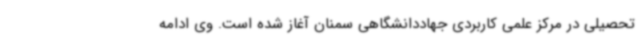
تحصیلی در مرکز علمی کاربردی جهاددانشگاهی سمنان آغاز شده است. وی ادامه